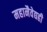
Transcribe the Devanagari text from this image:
महानैवेद्यही